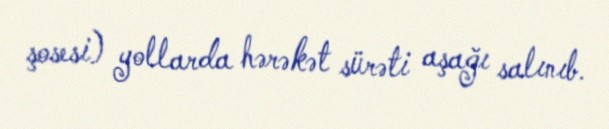
şosesi) yollarda hərəkət sürəti aşağı salınıb.